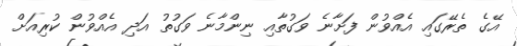
އޭގެ ތެރޭގައި އެއްވުން ފަށާނެ ވަގުތާއި ނިންމާނެ ވަގުތު އަދި އެއްވުން ކުރިއަށް